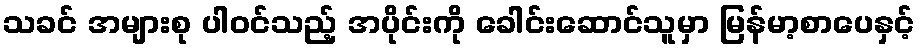
သခင် အများစု ပါဝင်သည့် အပိုင်းကို ခေါင်းဆောင်သူမှာ မြန်မာ့စာပေနှင့်